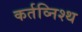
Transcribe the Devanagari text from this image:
कर्तव्निश्थ